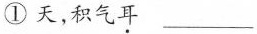
①天，积气\underset{·}{耳} ___